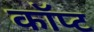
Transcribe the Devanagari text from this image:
कॉप्ट